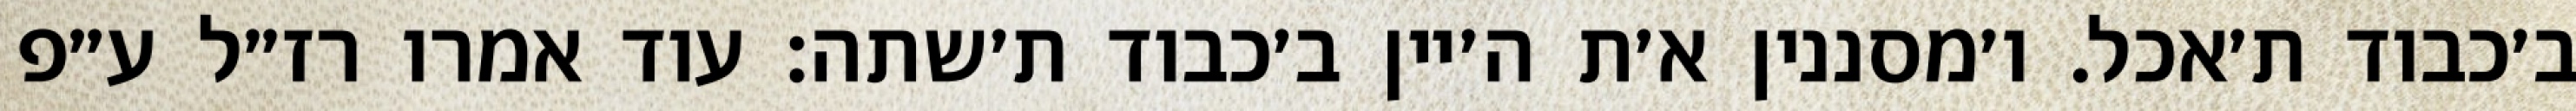
ב׳כבוד ת׳אכל. ו׳מסננין א׳ת ה׳יין ב׳כבוד ת׳שתה: עוד אמרו רז״ל ע״פ